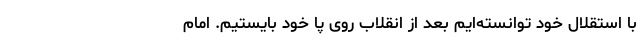
با استقلال خود توانسته‌ایم بعد از انقلاب روی پا خود بایستیم. امام